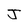
Character: J